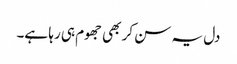
دل یہ سن کر بھی جھوم ہی رہا ہے۔